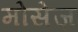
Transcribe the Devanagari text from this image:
मोसेज़